Report on vaccination in Madras 1895-1903 - 1895-1903
Year: 1895
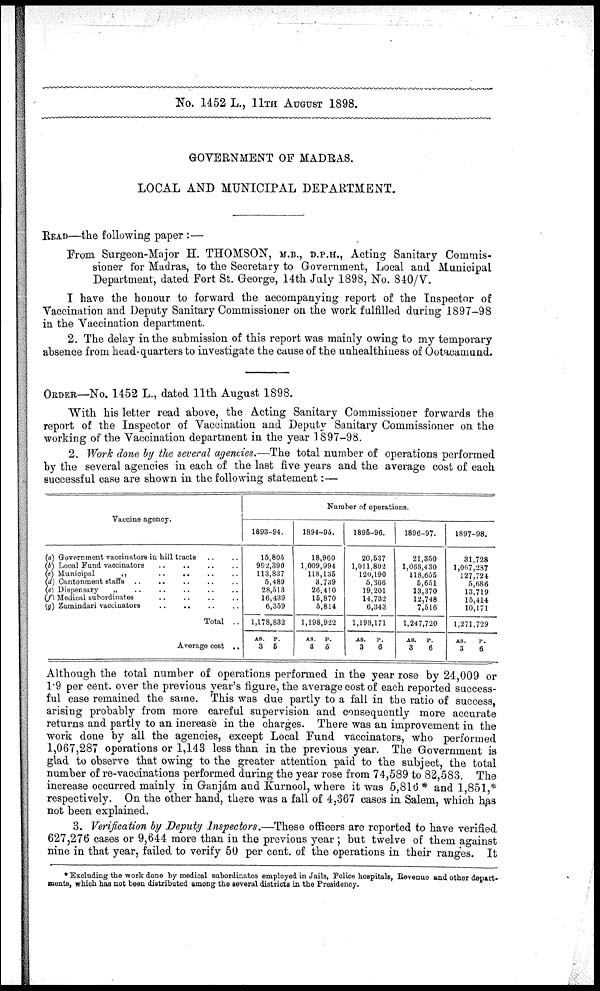
No. 1452 L., 11TH AUGUST
1898.
GOVERNMENT OF MADRAS.
LOCAL AND MUNICIPAL DEPARTMENT.
READ—the following paper :—
From Surgeon-Major H. THOMSON, M.B., D.P.H., Acting Sanitary Commis-
sioner for Madras, to the Secretary to Government, Local and Municipal
Department, dated Fort St. George, 14th July 1898, No. 840/V.
I have the honour to forward the accompanying report of the Inspector of
Vaccination and Deputy Sanitary Commissioner on the work fulfilled during 1897-98
in the Vaccination department.
2. The delay in the submission of this report was mainly owing to my temporary
absence from head-quarters to investigate the cause of the unhealthiness of Ootacamund.
ORDER—No. 1452 L., dated 11th August 1898.
With his letter read above, the Acting Sanitary Commissioner forwards the
report of the Inspector of Vaccination and Deputy Sanitary Commissioner on the
working of the Vaccination department in the year 1897-98.
2. Work done by the several agencies.—The total number of operations performed
by the several agencies in each of the last five years and the average cost of each
successful case are shown in the following statement:—
Vaccine agency.
(a) Government vaccinators in hill tracts .. ..
(b) Local Fund vaccinators
..
..
..
..
(c) Municipal
„
..
..
..
..
(d) Cantonment staffs .. .. .. .. .. .. ..
(e) Dispensary
„
..
..
..
..
..
(f) Medical subordinates
..
..
..
..
(g) Zamindari vaccinators
.. .. .. ..
Total ..
Average cost ..
Number of operations.
1893-94.
15,805
992,390
113,837
5,489
28,513
16,439
6,359
1,178,832
AS.
3
P.
5
1894-95.
18,960
1,009,994
118,135
3,739
26,410
15,870
5,814
1,198,922
AS.
3
P.
5
1895-96.
20,537
1,011,802
120,190
5,366
19,201
14,732
6,343
1,198,171
AS.
3
P.
6
1896-97.
21,350
1,068,430
118,655
5,651
13,370
12,748
7,516
1,247,720
AS.
3
P.
6
1897-98.
31,728
1,067,287
127,724
5,686
13,719
15,414
10,171
1,271,729
AS.
3
P.
6
Although the total number of operations performed in the year rose by 24,009 or
1.9 per cent. over the previous year's figure, the average cost of each reported success-
ful case remained the same. This was due partly to a fall in the ratio of success,
arising probably from more careful supervision and consequently more accurate
returns and partly to an increase in the charges. There was an improvement in the
work done by all the agencies, except Local Fund vaccinators, who performed
1,067,287 operations or 1,143 less than in the previous year. The Government is
glad to observe that owing to the greater attention paid to the subject, the total
number of re-vaccinations performed during the year rose from 74,589 to 82,583. The
increase occurred mainly in Ganjám and Kurnool, where it was 5,816 * and 1,851,*
respectively. On the other hand, there was a fall of 4,367 cases in Salem, which has
not been explained.
3. Verification by Deputy Inspectors.—These officers are reported to have verified
627,276 cases or 9,644 more than in the previous year ; but twelve of them against
nine in that year, failed to verify 50 per cent. of the operations in their ranges. It
* Excluding the work done by medical subordinates employed in Jails, Police hospitals, Revenue and other depart-
ments, which has not been distributed among the several districts in the Presidency.